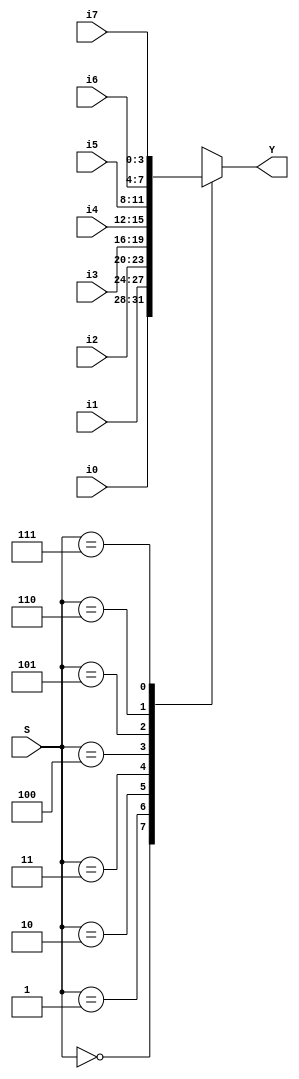
module mux81a(S,i7,i6,i5,i4,i3,i2,i1,i0,Y);
 input [2:0] S;
 input [3:0] i7;
 input [3:0] i6;
 input [3:0] i5;
 input [3:0] i4;
 input [3:0] i3;
 input [3:0] i2;
 input [3:0] i1;
 input [3:0] i0;
 output [3:0] Y;
 reg [3:0] Y;
always @(S,i7,i6,i5,i4,i3,i2,i1,i0) 
begin
    case(S)
     0:Y=i0;
     1:Y=i1;
     2:Y=i2;
     3:Y=i3;
     4:Y=i4;
     5:Y=i5;
     6:Y=i6;
     7:Y=i7;
    endcase
end

endmodule